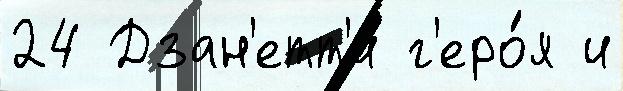
24 Дзан'етт'и г'еро́я и